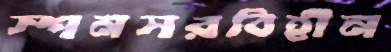
স্পনসরবিহীন